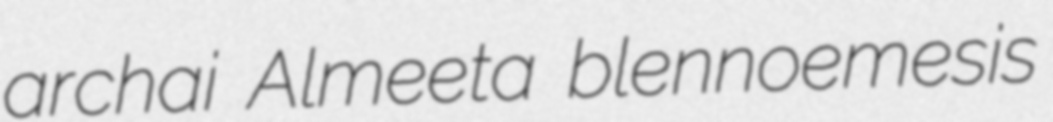
archai Almeeta blennoemesis